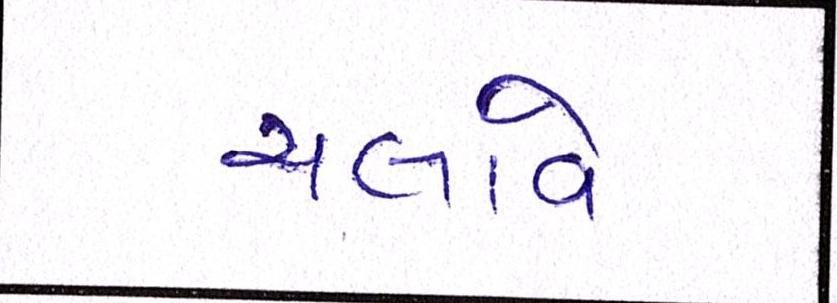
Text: ચલાવે